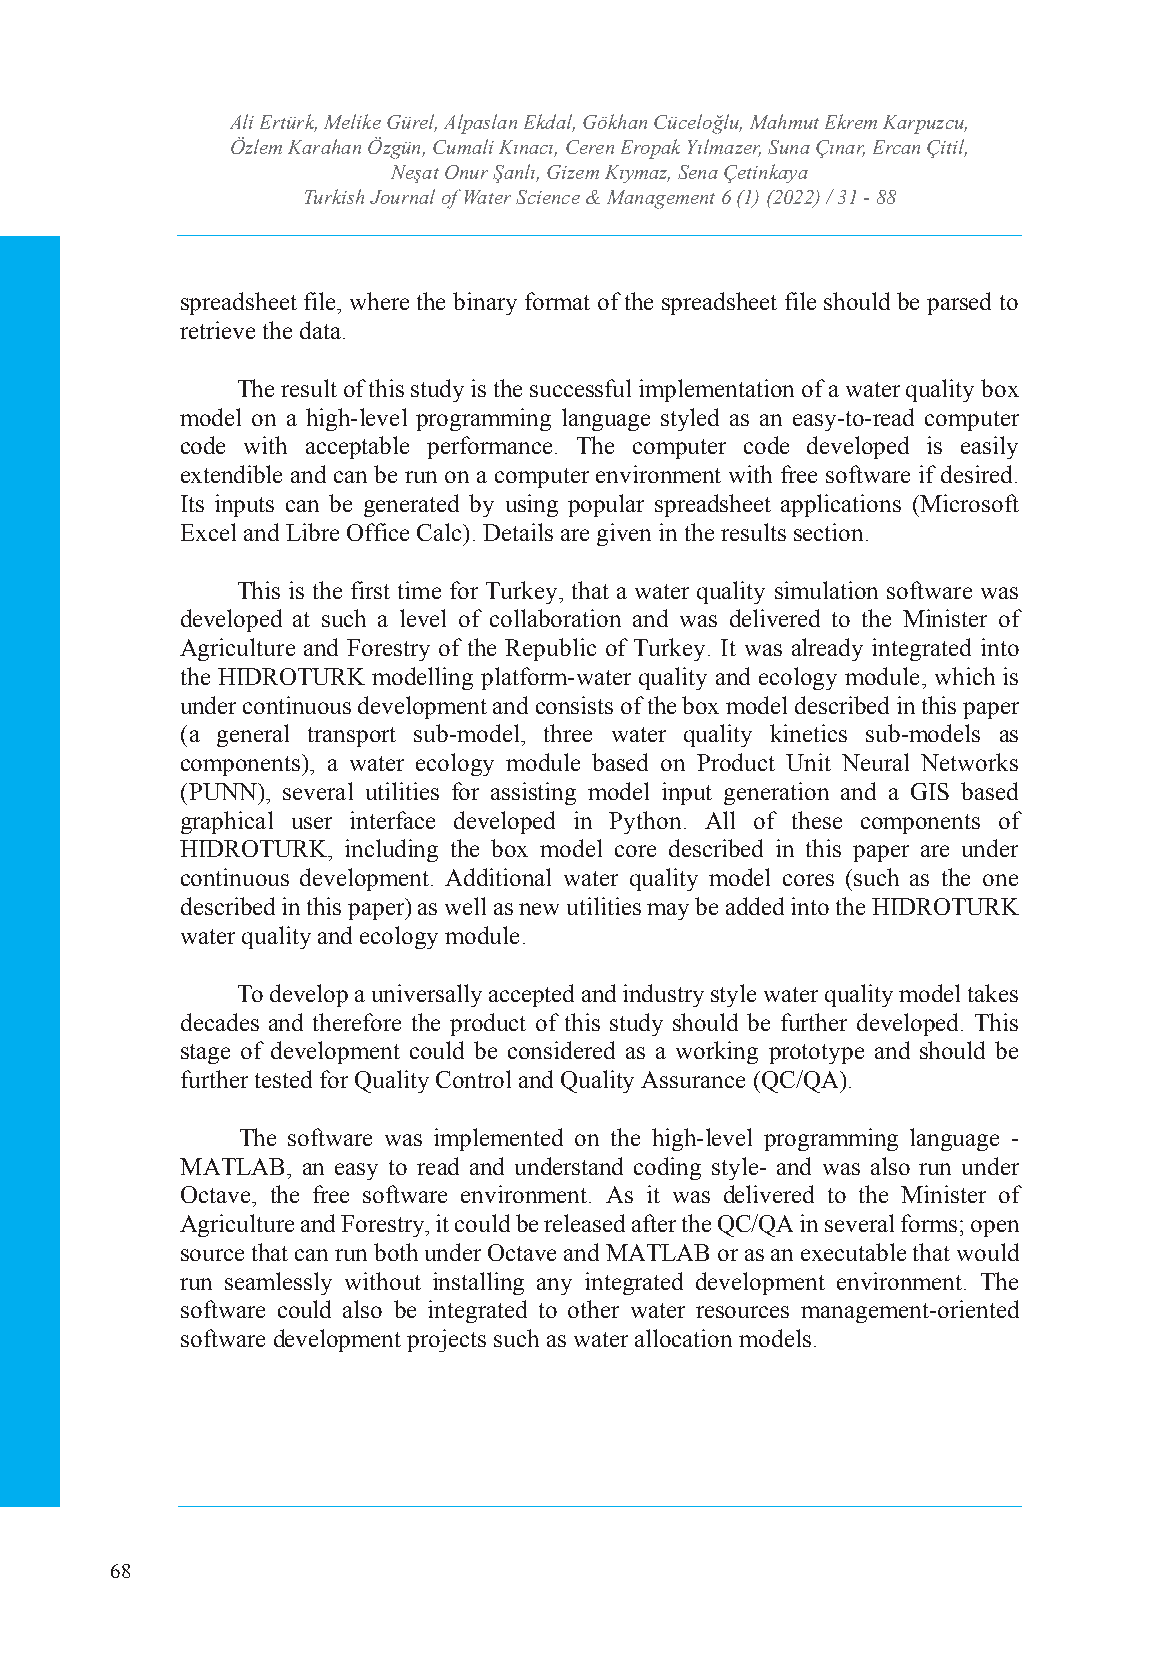
Ali Ertürk, Melike GTüurrekli,s Ahl pJoauslranna lE okfd Wala, tGerö Skhciaenn cCeü &ce lMoğalnua, gMemahemntut Ekrem Karpuzcu,
 Özlem Karahan Özgün, CumIaSlSiN K: ı2n5a36c ı4,7 C4Xe r/e en-I SESrNo:p 2a5k6 4Y-7ıl3m34azer, Suna Çınar, Ercan Çitil,
 Neşat Onur Şanlı, Gizem Kıymaz, Sena Çetinkaya
 Volume: 6 Issue: 1 Year: 2022
 Turkish Journal of Water Science & Management 6 (1) (2022) / 31 - 88
 spreadsheet file, where the binary format of the spreadsheet file should be parsed to
 retrieve the data.
 The result of this study is the successful implementation of a water quality box
 model on a high-level programming language styled as an easy-to-read computer
 code with acceptable performance. The computer code developed is easily
 extendible and can be run on a computer environment with free software if desired.
 Its inputs can be generated by using popular spreadsheet applications (Microsoft
 Excel and Libre Office Calc). Details are given in the results section.
 This is the first time for Turkey, that a water quality simulation software was
 developed at such a level of collaboration and was delivered to the Minister of
 Agriculture and Forestry of the Republic of Turkey. It was already integrated into
 the HIDROTURK modelling platform-water quality and ecology module, which is
 under continuous development and consists of the box model described in this paper
 (a general transport sub-model, three water quality kinetics sub-models as
 components), a water ecology module based on Product Unit Neural Networks
 (PUNN), several utilities for assisting model input generation and a GIS based
 graphical user interface developed in Python. All of these components of
 HIDROTURK, including the box model core described in this paper are under
 continuous development. Additional water quality model cores (such as the one
 described in this paper) as well as new utilities may be added into the HIDROTURK
 water quality and ecology module.
 To develop a universally accepted and industry style water quality model takes
 decades and therefore the product of this study should be further developed. This
 stage of development could be considered as a working prototype and should be
 further tested for Quality Control and Quality Assurance (QC/QA).
 The software was implemented on the high-level programming language -
 MATLAB, an easy to read and understand coding style- and was also run under
 Octave, the free software environment. As it was delivered to the Minister of
 Agriculture and Forestry, it could be released after the QC/QA in several forms; open
 source that can run both under Octave and MATLAB or as an executable that would
 run seamlessly without installing any integrated development environment. The
 software could also be integrated to other water resources management-oriented
 software development projects such as water allocation models.
 68